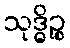
သုဒ္ဓိဉ္စ